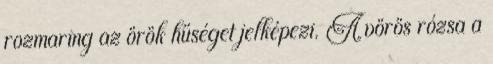
rozmaring az örök hűséget jelképezi. A vörös rózsa a